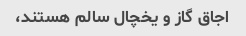
اجاق گاز و یخچال سالم هستند،